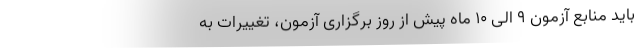
باید منابع آزمون ۹ الی ۱۰ ماه پیش از روز برگزاری آزمون، تغییرات به